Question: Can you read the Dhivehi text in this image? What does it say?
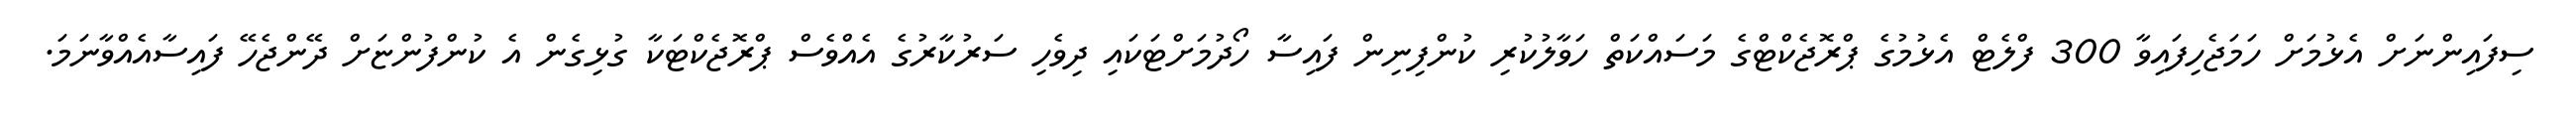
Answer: ސިފައިންނަށް އެޅުމަށް ހަމަޖެހިފައިވާ 300 ފްލެޓް އެޅުމުގެ ޕްރޮޖެކްޓްގެ މަސައްކަތް ހަވާލުކުރި ކުންފިނިން ފައިސާ ހޯދުމަށްޓަކައި ދިވެހި ސަރުކާރުގެ އެއްވެސް ޕްރޮޖެކްޓަކާ ގުޅިގެން އެ ކުންފުންޏަށް ދޭންޖެހޭ ފައިސާއެއްވާނަމަ.